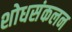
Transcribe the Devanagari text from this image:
शोधसंकलन